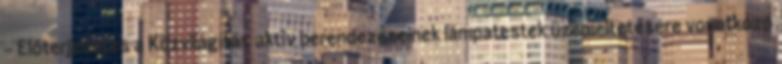
- Előterjesztés a Közvilágítás aktív berendezéseinek lámpatestek üzemeltetésére vonatkozó